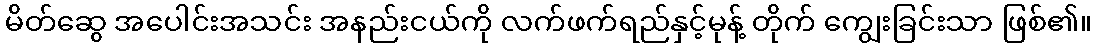
မိတ်ဆွေ အပေါင်းအသင်း အနည်းငယ်ကို လက်ဖက်ရည်နှင့်မုန့် တိုက် ကျွေးခြင်းသာ ဖြစ်၏။